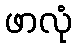
ဖာလုံ